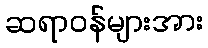
ဆရာဝန်များအား